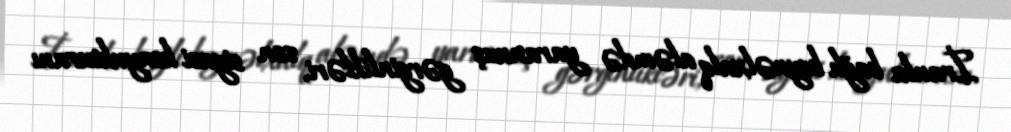
İranla bağlı beynəlxalq aləmdə yaranmış gərginlikləri, son siyasi konyukturanı